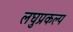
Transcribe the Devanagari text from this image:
लघुप्रकल्प